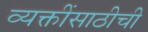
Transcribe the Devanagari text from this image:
व्यक्तींसाठीची